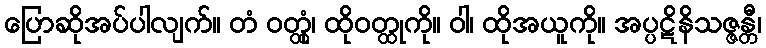
ပြောဆိုအပ်ပါလျက်။ တံ ဝတ္ထုံ၊ ထိုဝတ္ထုကို။ ဝါ၊ ထိုအယူကို။ အပ္ပဋိနိသဇ္ဇန္တီ၊